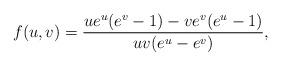
LaTeX: \begin{align*}f(u,v) = {u e^u(e^v-1) - v e^v (e^u-1)\over u v (e^u - e^v)},\end{align*}